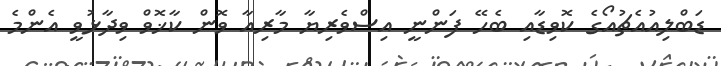
ޑަބްލިއުއެޗުއޯގެ ކޮވިޑާއި ބެހޭ ފަންނީ އިސްވެރިޔާ މާރިއާ ވޮން ކާޚޮވް ވިދާޅުވީ އެންމެ